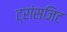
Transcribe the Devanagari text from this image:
ट्रांसजिट